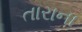
તારાના